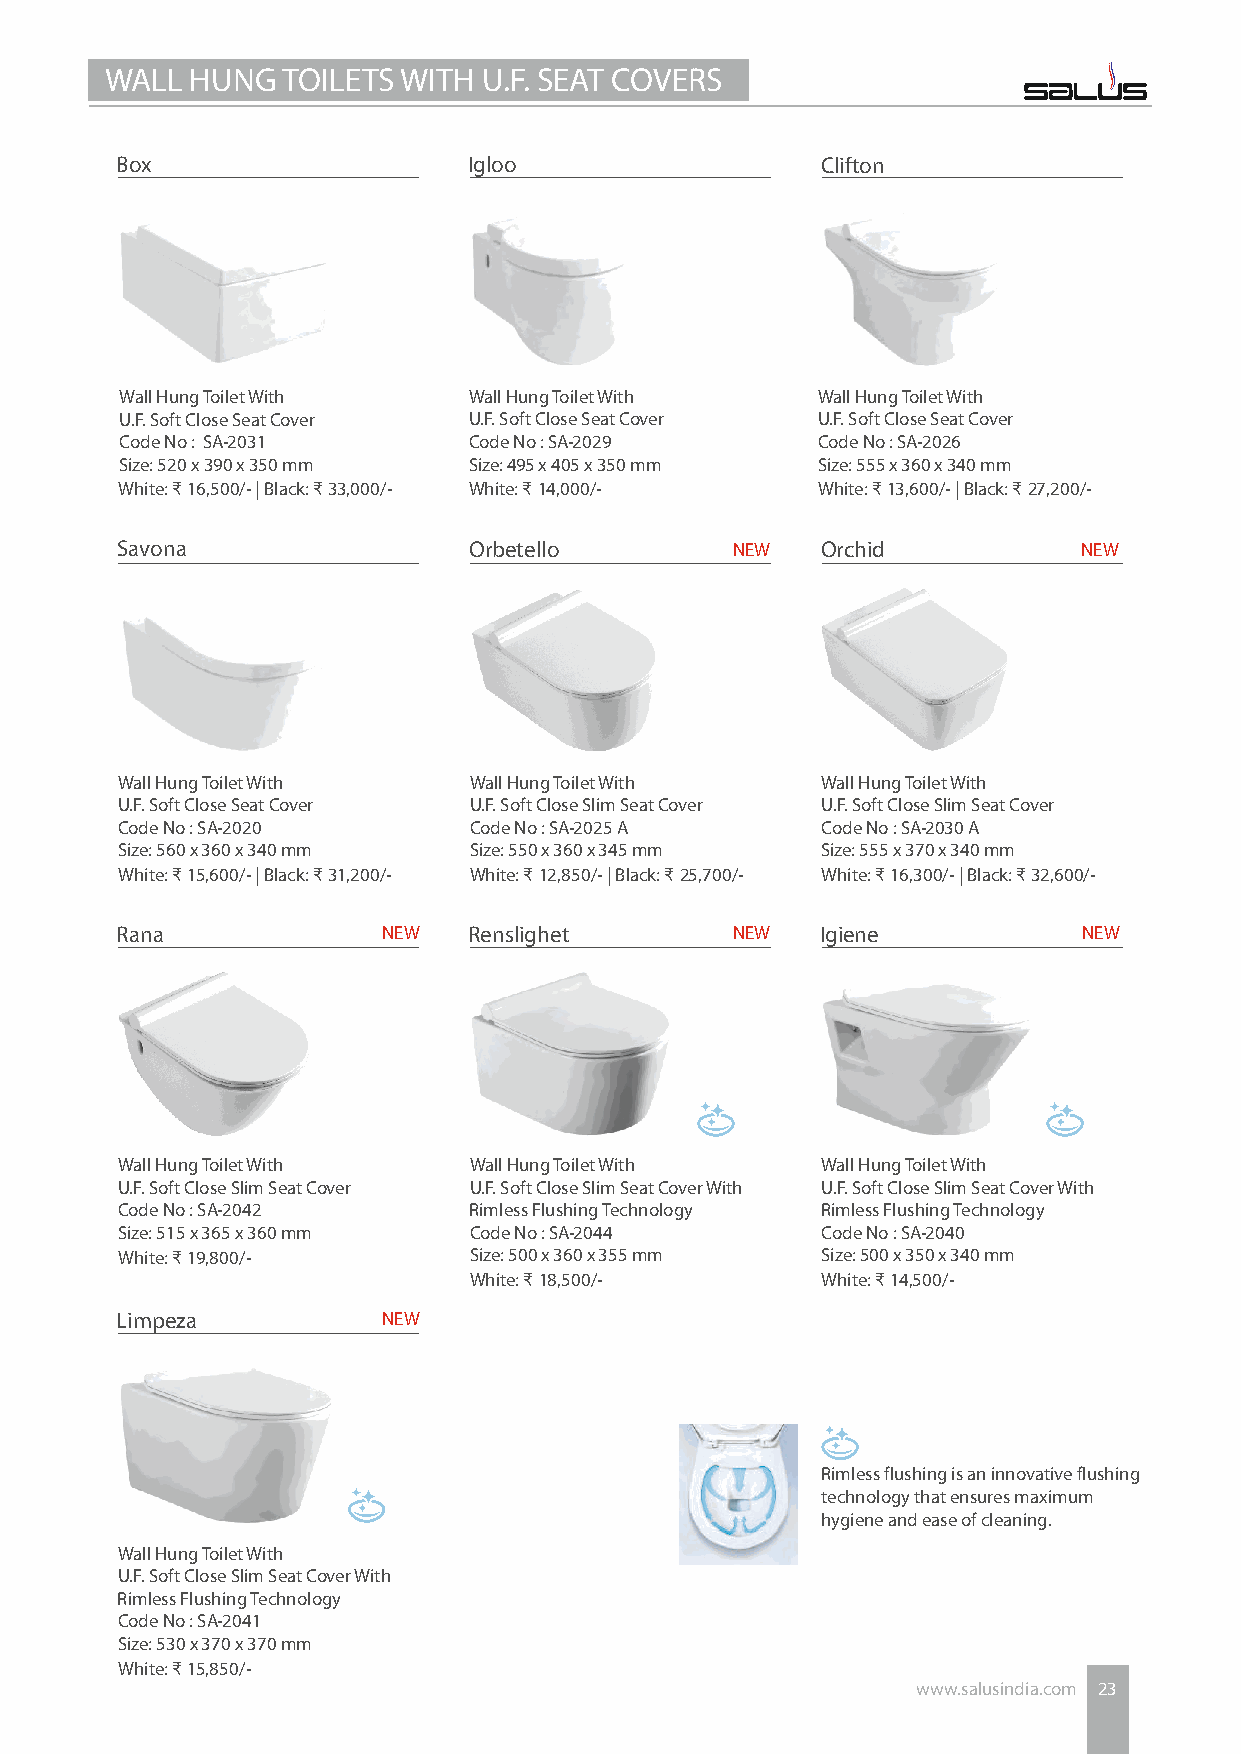
WALL  HUNG  TOILETS WITH U.F. SEAT COVERS
 Box                    Igloo                  Clifton
 Wall Hung Toilet With  Wall Hung Toilet With  Wall Hung Toilet With
 U.F. Soft Close Seat Cover U.F. Soft Close Seat Cover U.F. Soft Close Seat Cover
 Code No : SA-2031      Code No : SA-2029      Code No : SA-2026
 Size: 520 x 390 x 350 mm Size: 495 x 405 x 350 mm Size: 555 x 360 x 340 mm
 White: ₹ 16,500/- | Black: ₹ 33,000/- White: ₹ 14,000/- White: ₹ 13,600/- | Black: ₹ 27,200/-
 Savona                 Orbetello        NEW   Orchid            NEW
 Wall Hung Toilet With  Wall Hung Toilet With  Wall Hung Toilet With
 U.F. Soft Close Seat Cover U.F. Soft Close Slim Seat Cover U.F. Soft Close Slim Seat Cover
 Code No : SA-2020      Code No : SA-2025 A    Code No : SA-2030 A
 Size: 560 x 360 x 340 mm Size: 550 x 360 x 345 mm Size: 555 x 370 x 340 mm
 White: ₹ 15,600/- | Black: ₹ 31,200/- White: ₹ 12,850/- | Black: ₹ 25,700/- White: ₹ 16,300/- | Black: ₹ 32,600/-
 Rana             NEW   Renslighet       NEW   Igiene            NEW
 Wall Hung Toilet With  Wall Hung Toilet With  Wall Hung Toilet With
 U.F. Soft Close Slim Seat Cover U.F. Soft Close Slim Seat Cover With U.F. Soft Close Slim Seat Cover With
 Code No : SA-2042      Rimless Flushing Technology Rimless Flushing Technology
 Size: 515 x 365 x 360 mm Code No : SA-2044    Code No : SA-2040
 White: ₹ 19,800/-      Size: 500 x 360 x 355 mm Size: 500 x 350 x 340 mm
 White: ₹ 18,500/-      White: ₹ 14,500/-
 Limpeza          NEW
 Rimless flushing is an innovative flushing
 technology that ensures maximum
 hygiene and ease of cleaning.
 Wall Hung Toilet With
 U.F. Soft Close Slim Seat Cover With
 Rimless Flushing Technology
 Code No : SA-2041
 Size: 530 x 370 x 370 mm
 White: ₹ 15,850/-
 www.salusindia.com 23